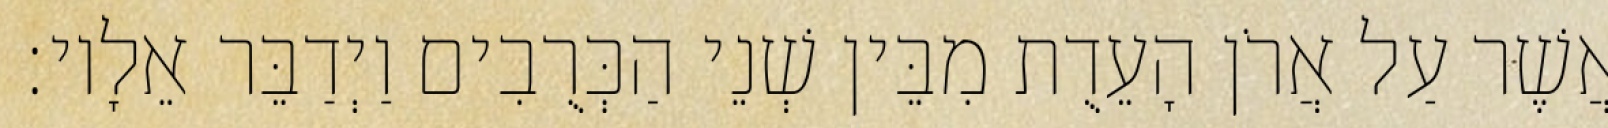
אֲשֶׁר עַל אֲרֹן הָעֵדֻת מִבֵּין שְׁנֵי הַכְּרֻבִים וַיְדַבֵּר אֵלָיו׃